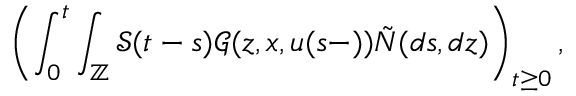
\displaystyle \left( \int _ { 0 } ^ { t } \int _ { \mathbb { Z } } \mathcal { S } ( t - s ) \mathcal { G } ( z , x , u ( s - ) ) \tilde { N } ( d s , d z ) \right) _ { t \geq 0 } ,